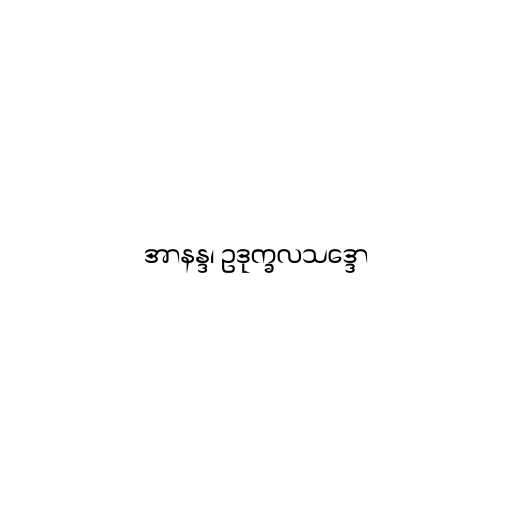
အာနန္ဒ၊ ဥဒုက္ခလသဒ္ဒော